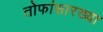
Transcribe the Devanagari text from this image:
तोफांसारख्या